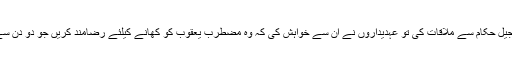
جب سلیمان نے کل شام جیل حکام سے ملاقات کی تو عہدیداروں نے ان سے خواہش کی کہ وہ مضطرب یعقوب کو کھانے کیلئے رضامند کریں جو دو دن سے کچھ نہیں کھا رہا تھا ۔